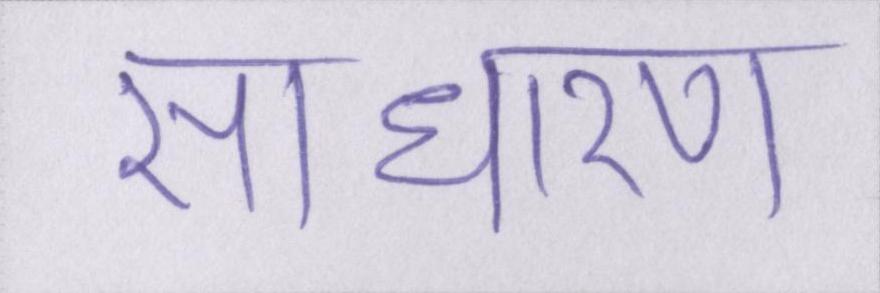
साधारण